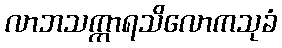
လာဘသက္ကာရသိလောကသုခံ